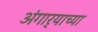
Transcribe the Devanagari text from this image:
अंगार्‍याच्या